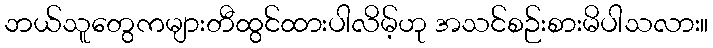
ဘယ်သူတွေကများတီထွင်ထားပါလိမ့်ဟု အသင်စဉ်းစားမိပါသလား။